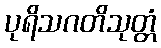
ပုရိသဂတိသုတ္တံ